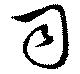
司